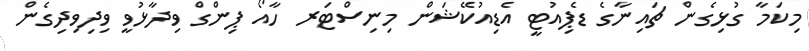
މިކަމާ ގުޅިގެން ޗައިނާގެ ޑެޕިއުޓީ އެޑިއުކޭޝަން މިނިސްޓަރ ހާއޯ ޕިންގް ވިދާޅުވީ ވިދިވިދިގެން